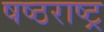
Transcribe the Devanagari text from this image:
षष्ठराष्ट्र